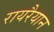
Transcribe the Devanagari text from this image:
रायरैयान